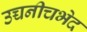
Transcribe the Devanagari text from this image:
उच्चनीचभेद